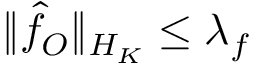
\| \hat { f } _ { O } \| _ { { \cal { H } } _ { K } } \le \lambda _ { f }